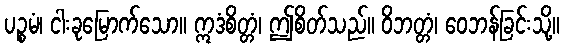
ပဉ္စမံ၊ ငါးခုမြောက်သော။ ဣဒံစိတ္တံ၊ ဤစိတ်သည်။ ဝိဘတ္တံ၊ ဝေဘန်ခြင်းသို့။